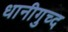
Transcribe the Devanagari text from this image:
धानीगुच्द